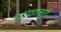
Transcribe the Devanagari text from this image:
उद्योतनसुरी